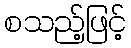
စသည့်ဖြင့်